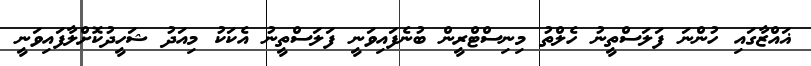
ޣައްޒާގައި ހުންނަ ފަލަސްތީނު ހެލްތު މިނިސްޓްރީން ބުނެފައިވަނީ ފަލަސްތީނު އެކަކު މިއަދު ޝަހީދުކޮށްލާފައިވަނީ